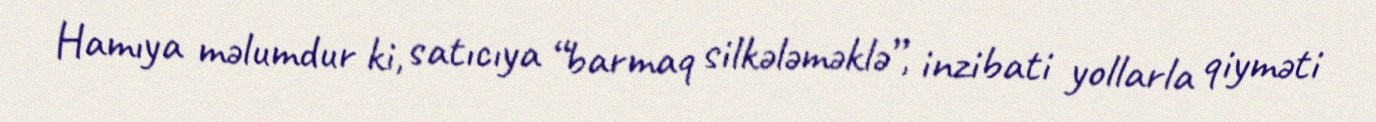
Hamıya məlumdur ki, satıcıya “barmaq silkələməklə”, inzibati yollarla qiyməti